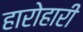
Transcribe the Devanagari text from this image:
हारोहारी